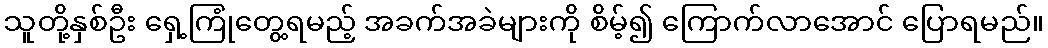
သူတို့နှစ်ဦး ရှေ့ကြုံတွေ့ရမည့် အခက်အခဲများကို စိမ့်၍ ကြောက်လာအောင် ပြောရမည်။